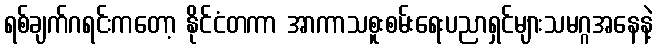
ရစ်ချက်ဂရင်းကတော့ နိုင်ငံတကာ အာကာသစူးစမ်းရေးပညာရှင်များသမဂ္ဂအနေနဲ့